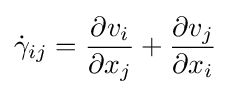
{\dot {\gamma }}_{ij}={\frac {\partial v_{i}}{\partial x_{j}}}+{\frac {\partial v_{j}}{\partial x_{i}}}